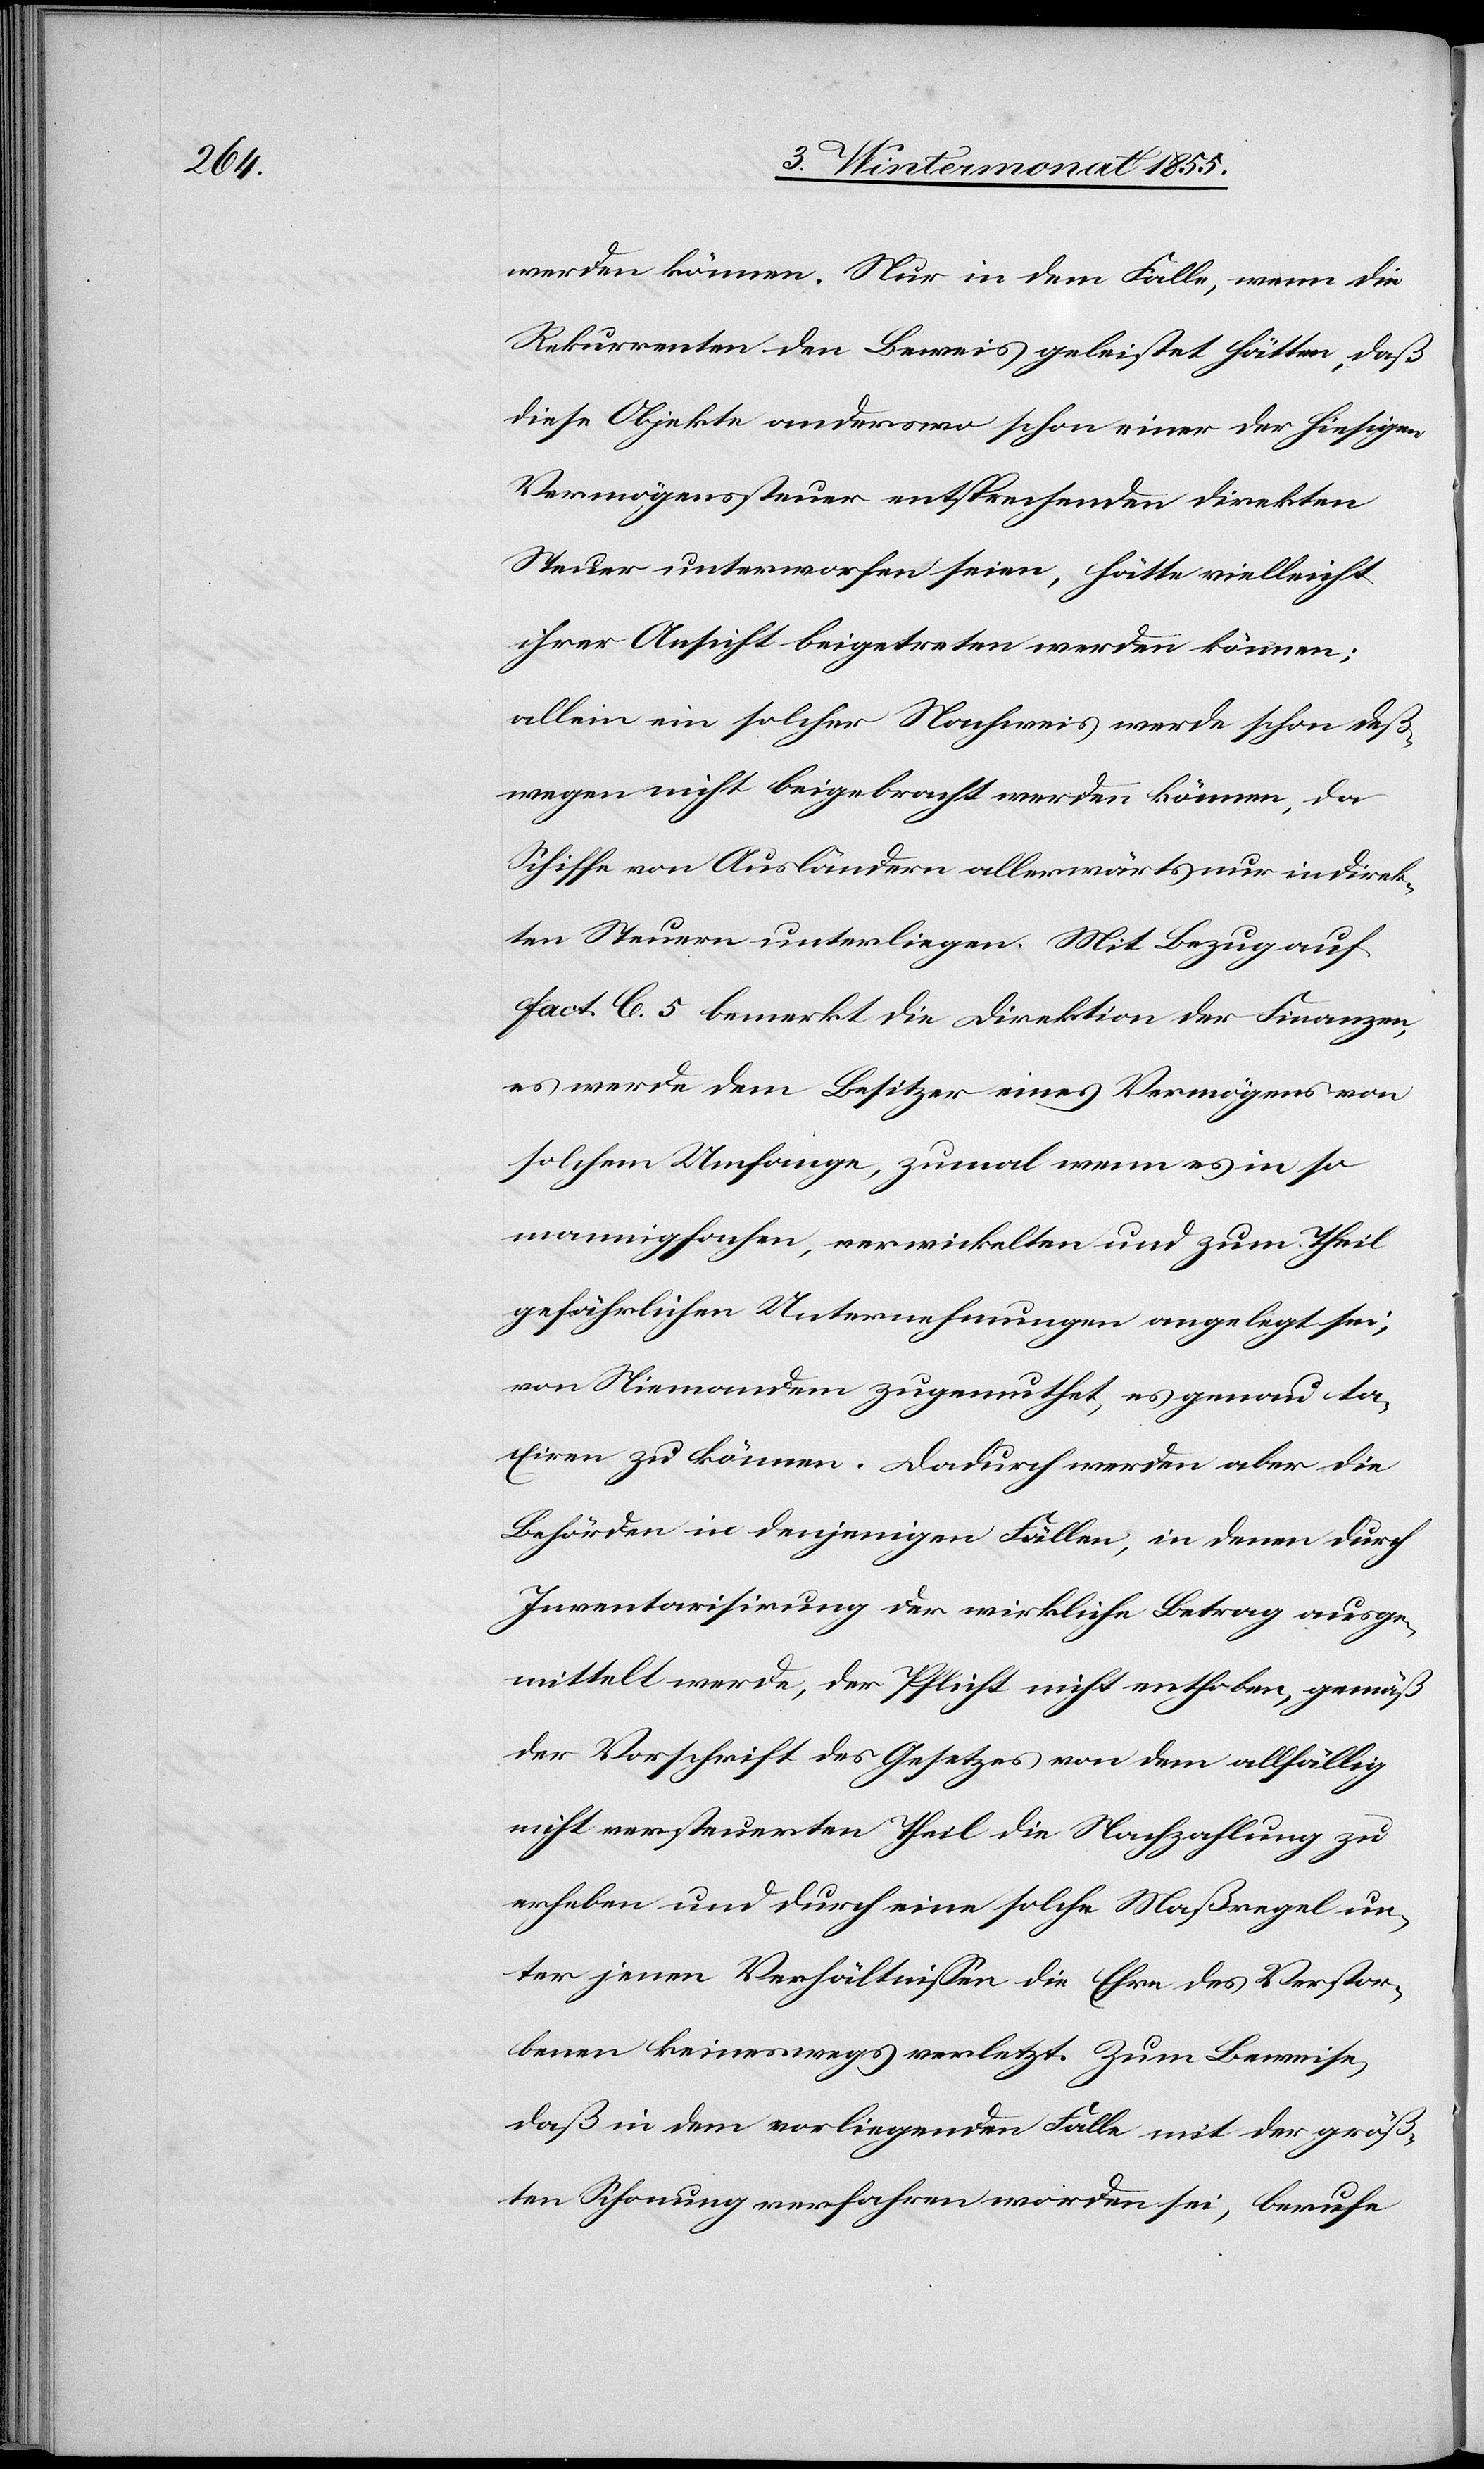
werden können. Nur in dem Falle, wenn die
Rekurrenten den Beweis geleistet hätten, daß
diese Objekte anderswo schon einer der hiesigen
Vermögenssteuer entsprechenden direkten
Steuer unterworfen seien, hätte vielleicht
ihrer Ansicht beigetreten werden können;
allein ein solcher Nachweis werde schon deß¬
wegen nicht beigebracht werden können, da
Schiffe von Ausländern allerwärts nur indirek¬
ten Steuern unterliegen. Mit Bezug auf
Fact. C. 5 bemerkt die Direktion der Finanzen,
es werde dem Besitzer eines Vermögens von
solchem Umfange, zumal wenn es in so
mannigfachen, verwickelten und zum Theil
gefährlichen Unternehmungen angelegt sei,
von Niemandem zugemuthet, es genau ta¬
xiren zu können. Dadurch werden aber die
Behörden in denjenigen Fällen, in denen durch
Inventarisirung der wirkliche Betrag ausge¬
mittelt werde, der Pflicht nicht enthoben, gemäß
der Vorschrift des Gesetzes von dem allfällig
nicht versteuerten Theil die Nachzahlung zu
erheben und durch eine solche Maßregel un¬
ter jenen Verhältnissen die Ehre des Verstor¬
benen keineswegs verletzt. Zum Beweise,
daß in dem vorliegenden Falle mit der größ¬
ten Schonung verfahren worden sei, berufe